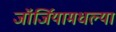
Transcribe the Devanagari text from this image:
जॉर्जियामधल्या